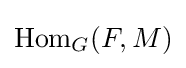
\operatorname {Hom} _{G}(F,M)